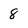
Character: 8